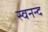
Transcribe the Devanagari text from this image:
स्वनन्द